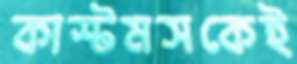
কাস্টমসকেই